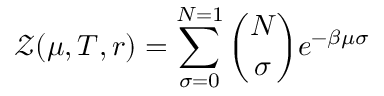
\mathcal { Z } ( \mu , T , r ) = \sum _ { \sigma = 0 } ^ { N = 1 } { \binom { N } { \sigma } } e ^ { - \beta \mu \sigma }